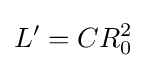
L'=CR_{0}^{2}\!